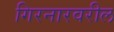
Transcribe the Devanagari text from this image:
गिरनारवरील